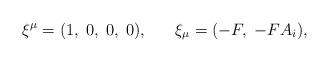
LaTeX: \begin{align*}\xi^\mu=(1,\;0,\;0,\;0),\;\;\;\;\;\;\xi_\mu=(-F,\;-FA_{i}),\end{align*}